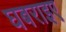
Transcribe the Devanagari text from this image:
घबराइए